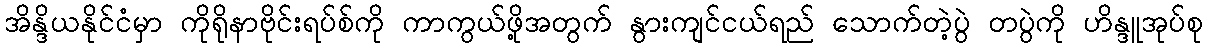
အိန္ဒိယနိုင်ငံမှာ ကိုရိုနာဗိုင်းရပ်စ်ကို ကာကွယ်ဖို့အတွက် နွားကျင်ငယ်ရည် သောက်တဲ့ပွဲ တပွဲကို ဟိန္ဒူအုပ်စု